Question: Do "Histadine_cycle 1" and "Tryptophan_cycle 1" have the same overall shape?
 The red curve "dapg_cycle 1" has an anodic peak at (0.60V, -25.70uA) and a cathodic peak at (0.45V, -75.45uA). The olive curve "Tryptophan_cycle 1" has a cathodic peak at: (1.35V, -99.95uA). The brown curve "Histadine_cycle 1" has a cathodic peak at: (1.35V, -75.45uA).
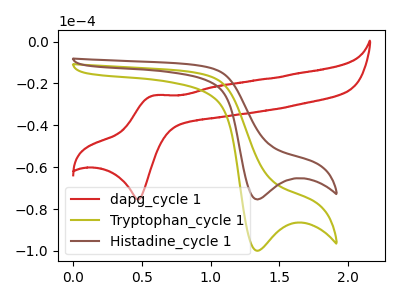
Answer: <think>All the peaks in "Histadine_cycle 1" have a peak in "Tryptophan_cycle 1" at the same potential. Every peak in "Histadine_cycle 1" is lower than every peak in "Tryptophan_cycle 1".
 </think>
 <answer>"Histadine_cycle 1" and "Tryptophan_cycle 1" are similar in shape.</answer>
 <eval>same_shape</eval>